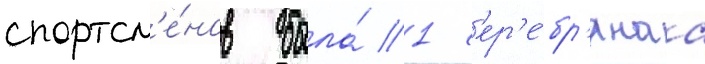
спортсм'е́нов была́ 1 с'ер'е́бр'янаа